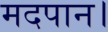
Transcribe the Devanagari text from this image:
मदपान।